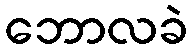
ဘောလခဲ